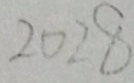
2 0 2 8